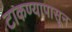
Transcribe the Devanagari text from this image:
टाकण्यापासून